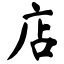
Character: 店